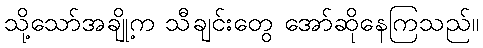
သို့သော်အချို့က သီချင်းတွေ အော်ဆိုနေကြသည်။